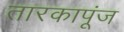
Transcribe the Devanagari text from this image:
तारकापूंज